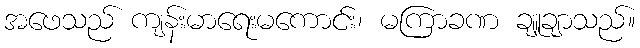
အဖေသည် ကျန်းမာရေးမကောင်း၊ မကြာခဏ ချူချာသည်။